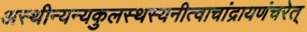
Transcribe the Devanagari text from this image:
अस्थीन्यन्यकुलस्थस्यनीत्वाचांद्रायणंचरेत्